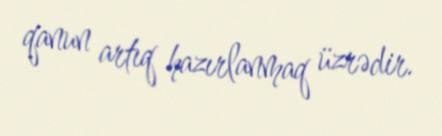
qanun artıq hazırlanmaq üzrədir.